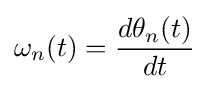
\omega _{n}(t)={\frac {d\theta _{n}(t)}{dt}}